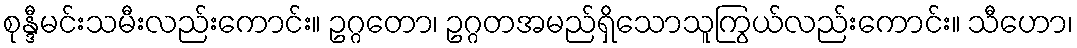
စုန္ဒီမင်းသမီးလည်းကောင်း။ ဥဂ္ဂတော၊ ဥဂ္ဂတအမည်ရှိသောသူကြွယ်လည်းကောင်း။ သီဟော၊